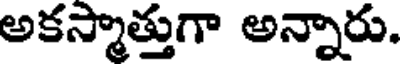
అకస్మాత్తుగా అన్నారు.